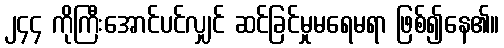
၂၄၄ ကိုကြီးအောင်ပင်လျှင် ဆင်ခြင်မှုမရေမရာ ဖြစ်၍နေ၏။